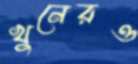
খুনেরও